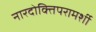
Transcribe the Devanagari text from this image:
नारदोक्तिपरामर्शी